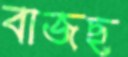
বাজছ